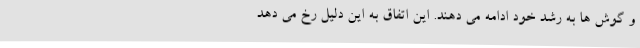
و گوش ها به رشد خود ادامه می دهند. این اتفاق به این دلیل رخ می دهد